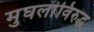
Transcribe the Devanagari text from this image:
मुघलांविरुद्ध